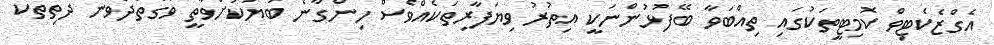
އެގްޒެކެޓިވް ކޮމިޓީތަކުގައި ތިއްބަވާ ބޭފުޅުންނަކީ އިތުރު ވިޔަފާރިތަކެއްވެސް ހިންގާނެ ބަޔަކަށްވާތީ ވަގުތުދެވެން ދަތިތަކާ